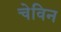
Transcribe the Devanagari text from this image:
चेविन